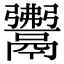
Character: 𩱎